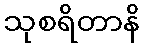
သုစရိတာနိ